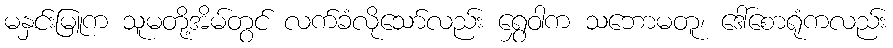
မနှင်းမြူက သူမတို့အိမ်တွင် လက်ခံလိုသော်လည်း ရွှေဝါက သဘောမတူ၊ ဒေါ်စောရုံကလည်း